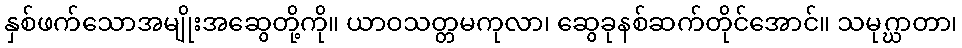
နှစ်ဖက်သောအမျိုးအဆွေတို့ကို။ ယာဝသတ္တမကုလာ၊ ဆွေခုနစ်ဆက်တိုင်အောင်။ သမုဂ္ဃာတာ၊